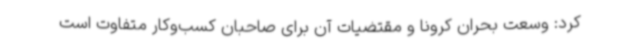
کرد: وسعت بحران کرونا و مقتضیات آن برای صاحبان کسب‌وکار متفاوت است